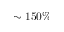
\sim 1 5 0 \%